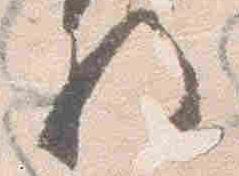
将